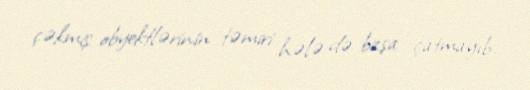
çəkmiş obyektlərinin təmiri hələ də başa çatmayıb.